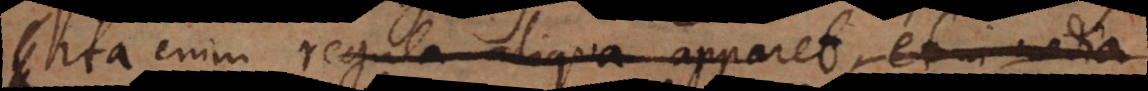
ita enim regula aliqua apparet, et in media